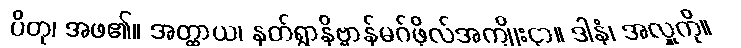
ပိတု၊ အဖ၏။ အတ္ထာယ၊ နတ်ရွာနိဗ္ဗာန်မဂ်ဖိုလ်အကျိုးငှာ။ ဒါနံ၊ အလှူကို။